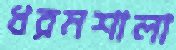
ধরমশালা